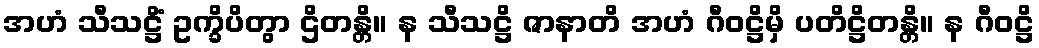
အဟံ သီသဋ္ဌိံ ဥက္ခိပိတွာ ဌိတန္တိ။ န သီသဋ္ဌိ ဇာနာတိ အဟံ ဂီဝဋ္ဌိမှိ ပတိဋ္ဌိတန္တိ။ န ဂီဝဋ္ဌိ